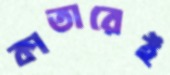
কাতারেই